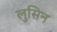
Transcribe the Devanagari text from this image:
लुसिन